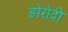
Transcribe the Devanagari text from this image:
डोरोदी